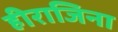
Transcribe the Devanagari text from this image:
हीराजिना